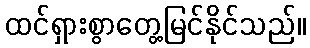
ထင်ရှားစွာတွေ့မြင်နိုင်သည်။